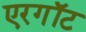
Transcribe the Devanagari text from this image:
एरगॉट